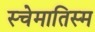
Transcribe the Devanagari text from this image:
स्चेमातिस्म